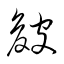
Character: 皴